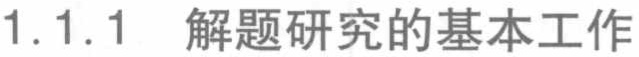
1.1.1 解题研究的基本工作